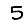
Digit: 5